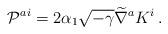
LaTeX: \begin{align*}{\cal P}^{ai} = 2 \alpha_1 \sqrt{-\gamma} \widetilde{\nabla}^a K^i\,.\end{align*}